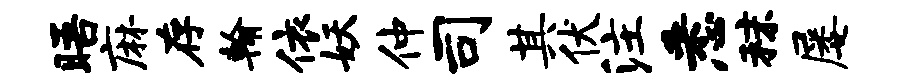
晤麻存翰依妖仲司其伏注悉秣屡